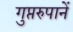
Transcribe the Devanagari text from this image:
गुप्तरुपानें